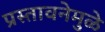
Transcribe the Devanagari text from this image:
प्रस्तावनेमुळे